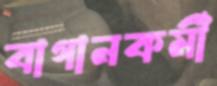
বাগানকর্মী